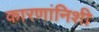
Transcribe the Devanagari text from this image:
कारणांनिशी